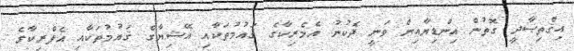
އިޤްތިޞާދީ ގޮތުން އިންޑިޔާއިން ވަނީ ދެކުނު އެމެރިކާގެ ޤައުމުތަކާއި އޭޝިޔާގެ ޤައުމުތަކާއި އެފްރިކާގެ